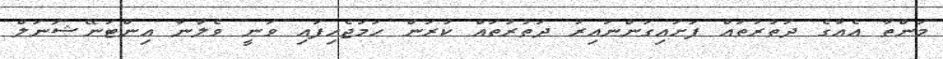
މަންތާ އެއާގެ ދަތުރުތައް ފަށައިގަންނައިރު ދަތުރުތައް ކުރަން ހަމަޖެހިފައި ވަނީ ވެލާނާ އިންޓަނޭޝަނަލް